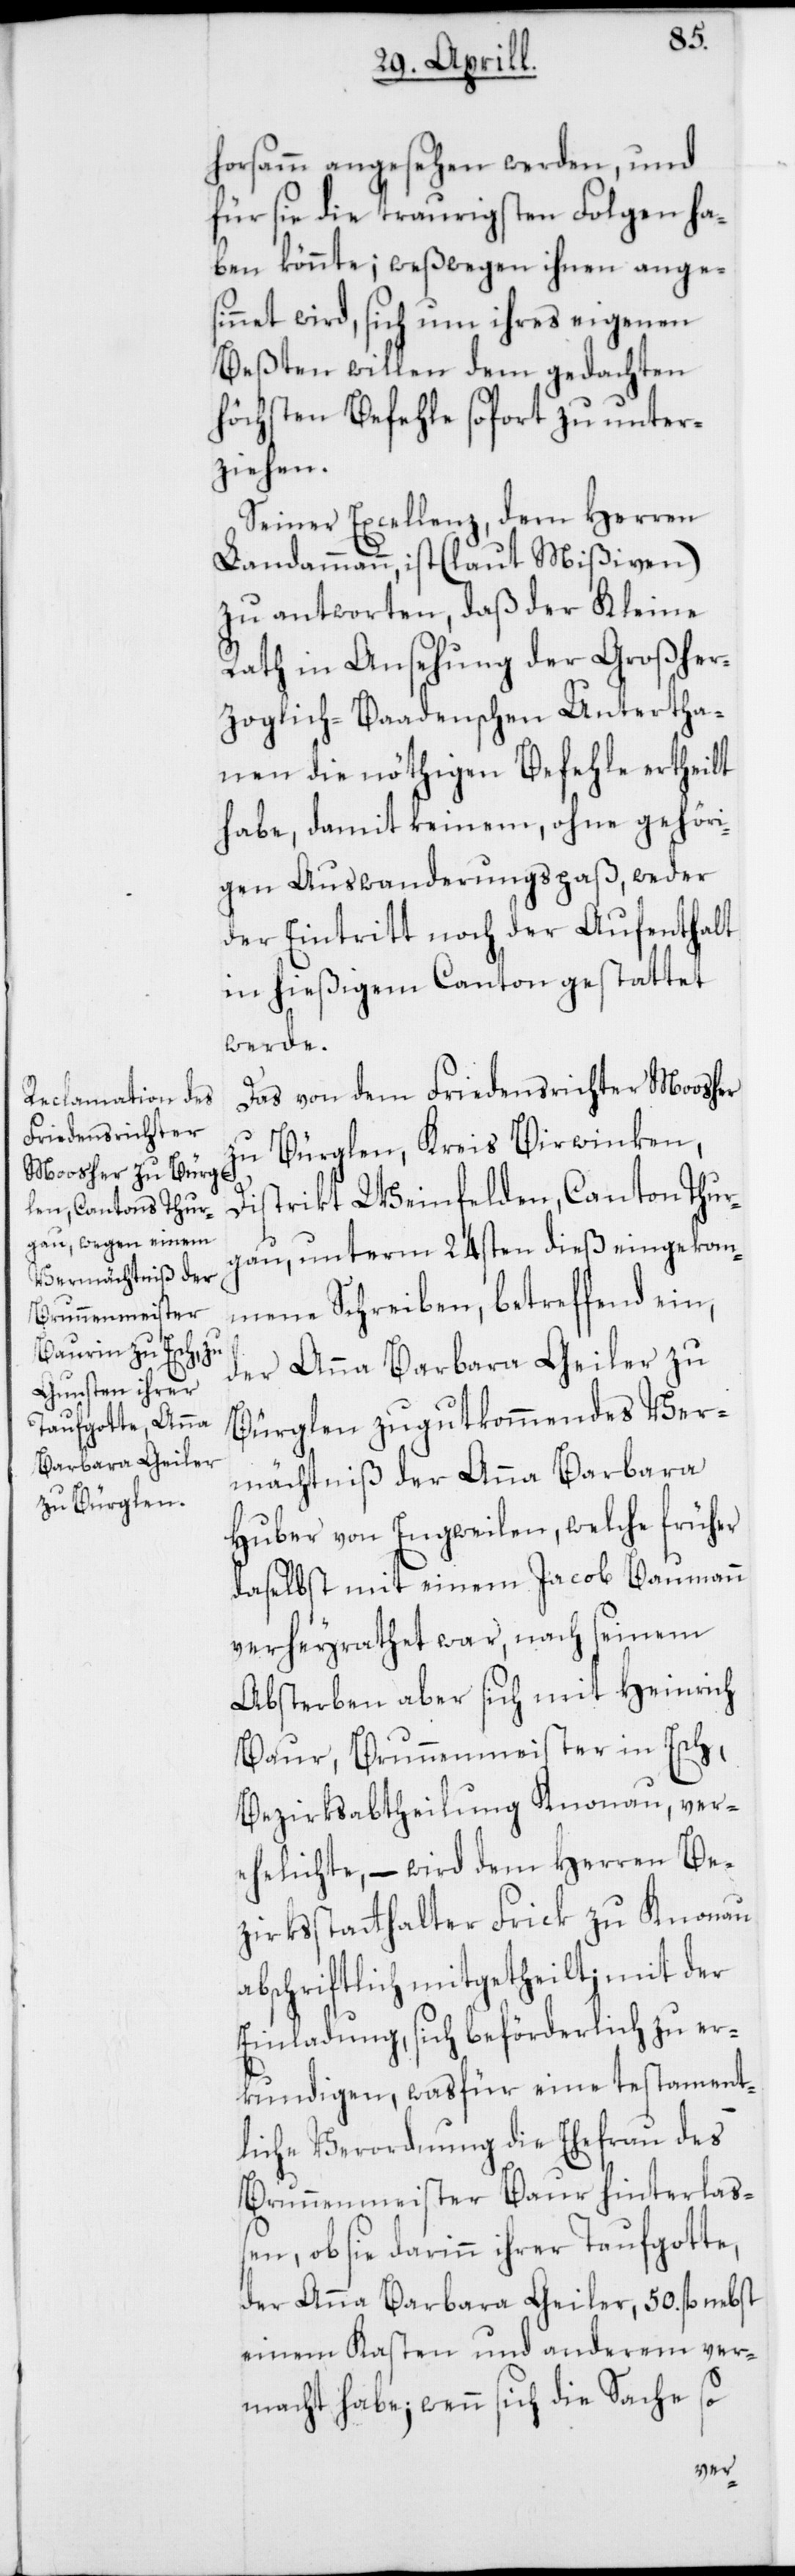
Brunnenmeister

horsamm angesehen werden, und
für sie die traurigsten Folgen ha¬
ben könnte; weßwegen ihnen ange¬
sinnet wird, sich um ihres eigenen
Beßten willen dem gedachten
höchsten Befehle sofort zu unter¬
ziehen.
Seiner Excellenz, dem Herren
Landammann, ist (laut Mißiven)
zu antworten, daß der Kleine
Rath in Ansehung der Großher¬
zoglich-Baadenschen Untertha¬
nen die nöthigen Befehle ertheilt
habe, damit keinem, ohne gehöri¬
gen Auswanderungspaß, weder
der Eintritt noch der Aufenthalt
in hießigem Canton gestattet
werde.
Das von dem Friedensrichter Moosher
zu Bürglen, Kreis Birwinken,
Distrikt Weinfelden, Canton Thur¬
gau, unterm 24sten dieß eingekom¬
mene Schreiben, betreffend ein,
der Anna Barbara Geiler zu
Bürglen zu gut kommendes Ver¬
mächtniß der Anna Barbara
Huber von Engweilen, welche früher
daselbst mit einem Jacob Baumann
verheyrathet war, nach seinem
Absterben aber sich mit Heinrich
Bezirksabtheilung Knonau, ver¬
ehelichte, – wird dem Herren Be¬
zirksstatthalter Frick zu Knonau
abschriftlich mitgetheilt; mit der
Einladung, sich beförderlich zu er¬
kundigen, was für eine testament¬
liche Verordnung die Ehefrau des
Brunnenmeister Baur hinterlaß¬
en, ob sie darinn ihrer Taufgotte,
der Anna Barbara Geiler, 50. fl. nebst
einem Kasten und anderem ver¬
macht habe; wenn sich die Sache so